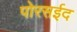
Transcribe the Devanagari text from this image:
पोरसईद